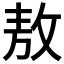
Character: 敖